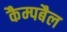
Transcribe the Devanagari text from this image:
कैम्पबैल